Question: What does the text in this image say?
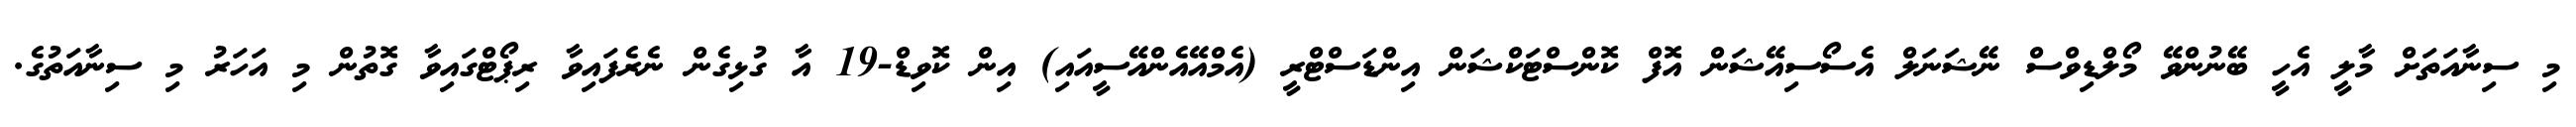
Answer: މި ސިނާއަތަށް މާލީ އެހީ ބޭނުންވޭ މޯލްޑިވްސް ނޭޝަނަލް އެސޯސިއޭޝަން އޮފް ކޮންސްޓަކްޝަން އިންޑަސްޓްރީ (އެމްއޭއެންއޭސީއައި) އިން ކޮވިޑް-19 އާ ގުޅިގެން ނެރެފައިވާ ރިޕޯޓްގައިވާ ގޮތުން މި އަހަރު މި ސިނާއަތުގެ.